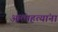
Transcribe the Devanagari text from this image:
आत्महत्यांना